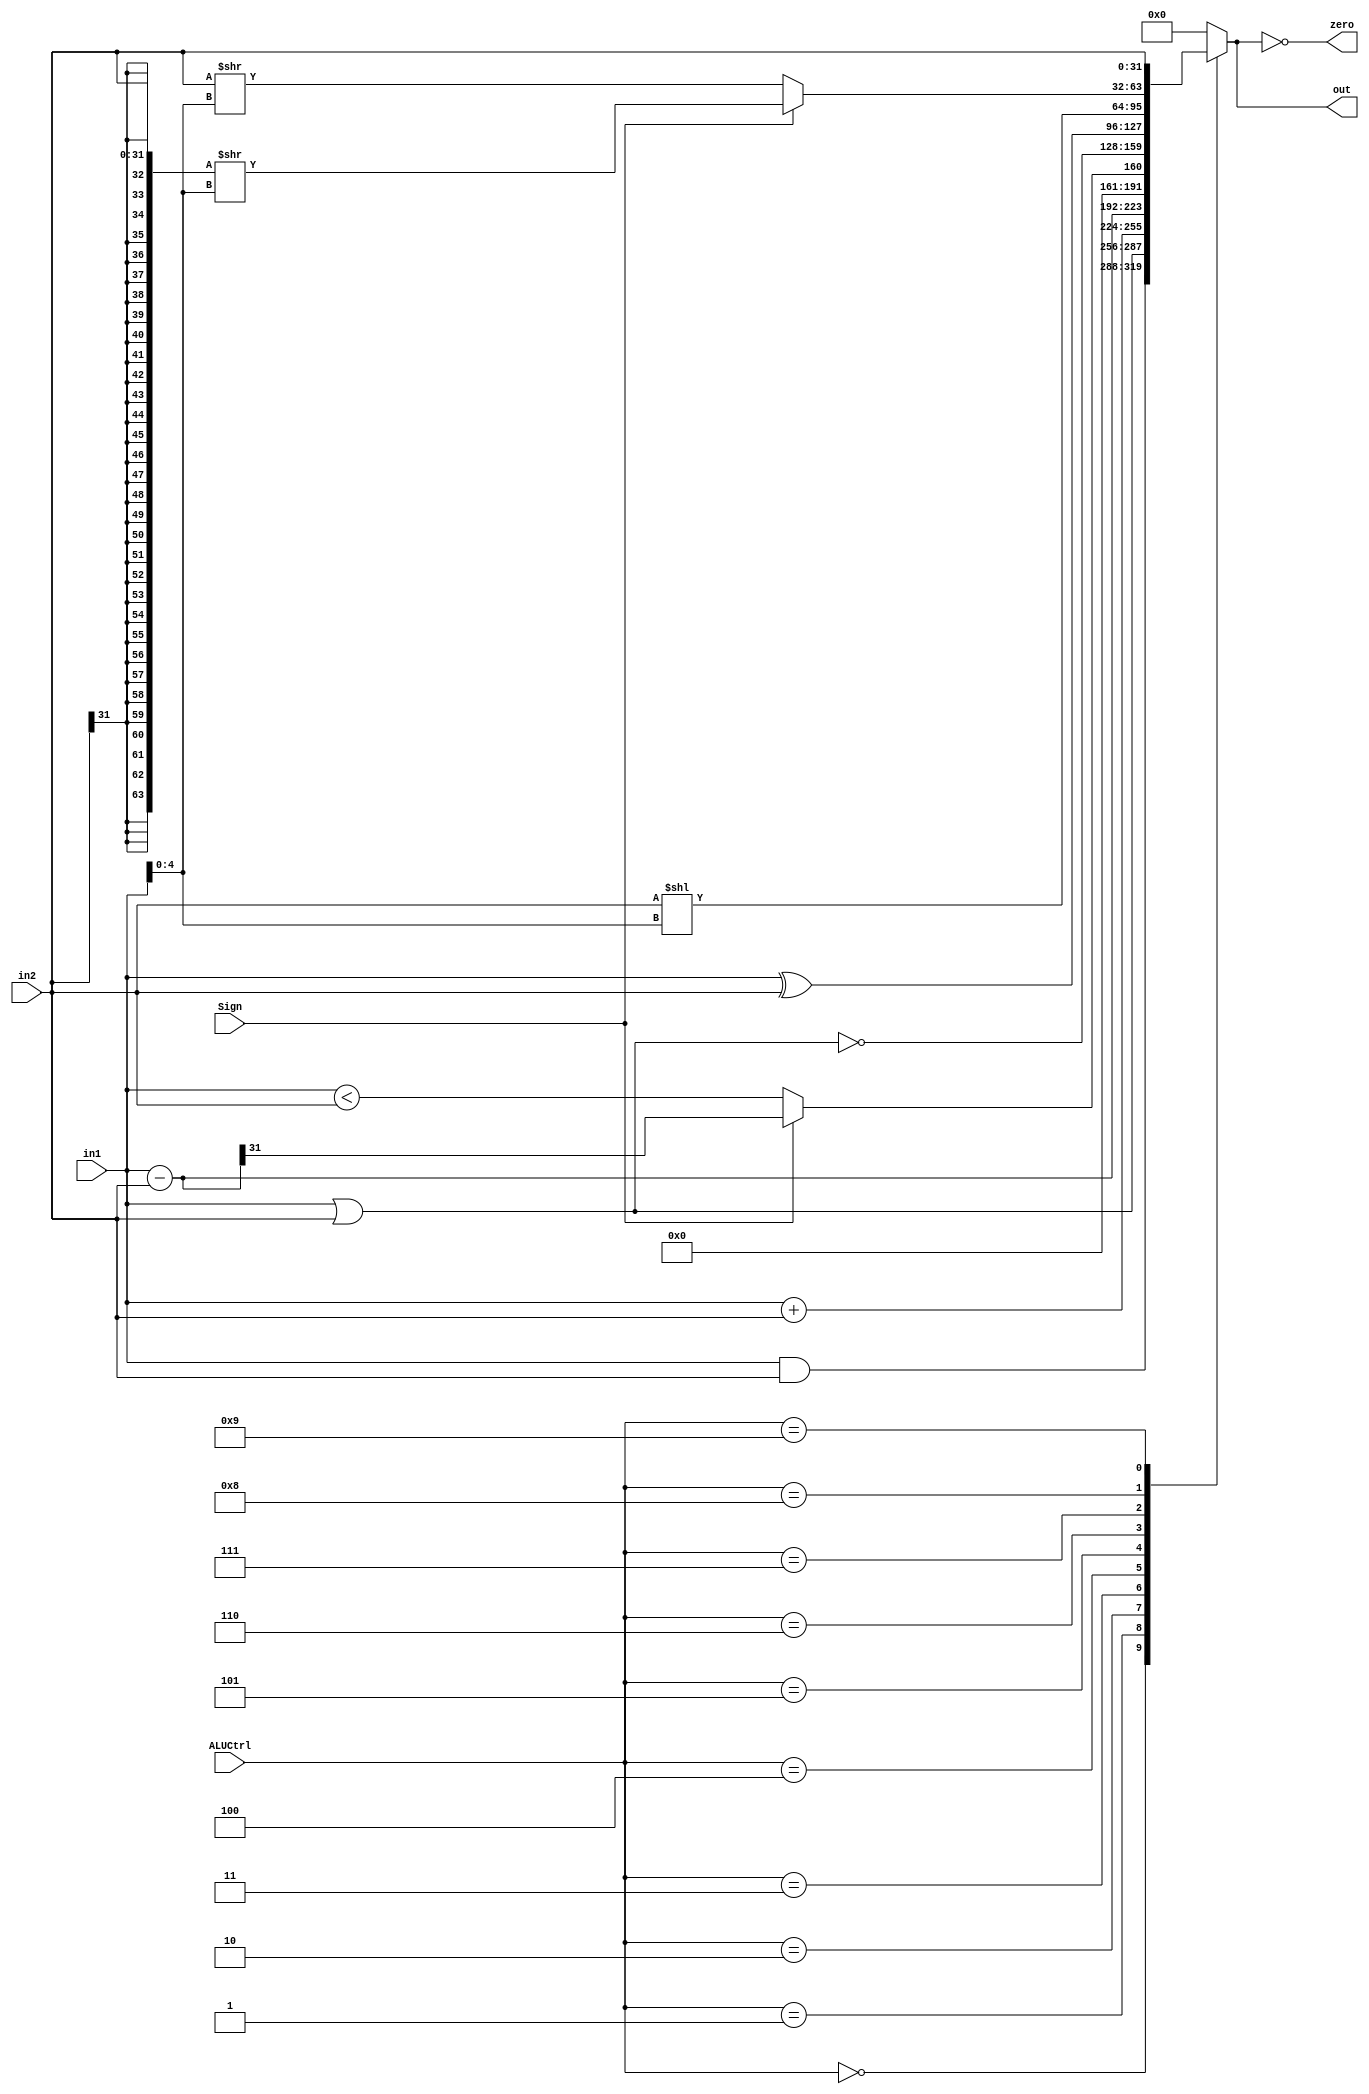
module ALU(in1, in2, ALUCtrl, Sign, out, zero);
	input [31:0] in1, in2;
	input [4:0] ALUCtrl;
	input Sign;
	output reg [31:0] out;
	output zero;
	
	parameter And = 5'd0;
    parameter Or  = 5'd1;
    parameter Add = 5'd2;
    parameter Sub = 5'd3;
    parameter Slt = 5'd4;
    parameter Nor = 5'd5;
    parameter Xor = 5'd6;
    parameter Sll = 5'd7;
    parameter Srx = 5'd8;
    parameter Lui = 5'd9;

    wire [31:0] in1_minus_in2;
    assign in1_minus_in2 = in1 - in2;
    always @ (*) begin
        case (ALUCtrl)
            And: out <= in1 & in2;
            Or:  out <= in1 | in2;
            Add: out <= in1 + in2;
            Sub: out <= in1 - in2;
            Slt: out <= (Sign)? (in1_minus_in2[31]) : (in1 < in2);
            Nor: out <= ~(in1 | in2);
            Xor: out <= in1 ^ in2;
            Sll: out <= in2 << in1[4:0];
            Srx: out <= (Sign == 1'b0)? (in2 >> in1[4:0]) : ({{32{in2[31]}}, in2} >> in1[4:0]);
            Lui: out <= in2;      // in2 is the extended immediate
            default: out <= 32'd0;
        endcase
    end

    assign zero = (out == 5'd0);
	
endmodule